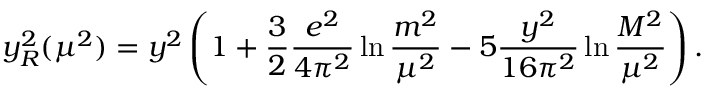
y _ { R } ^ { 2 } ( \mu ^ { 2 } ) = y ^ { 2 } \left( 1 + \frac { 3 } { 2 } \frac { e ^ { 2 } } { 4 \pi ^ { 2 } } \ln \frac { m ^ { 2 } } { \mu ^ { 2 } } - 5 \frac { y ^ { 2 } } { 1 6 \pi ^ { 2 } } \ln \frac { M ^ { 2 } } { \mu ^ { 2 } } \right) .